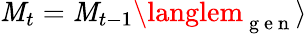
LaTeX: \mathit{M}_{t}=\mathit{M}_{t-1}\langlem_{\mathrm{{~g~e~n~}}}\rangle